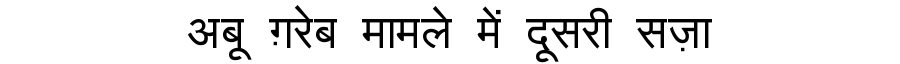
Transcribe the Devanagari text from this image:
अबू ग़रेब मामले में दूसरी सज़ा